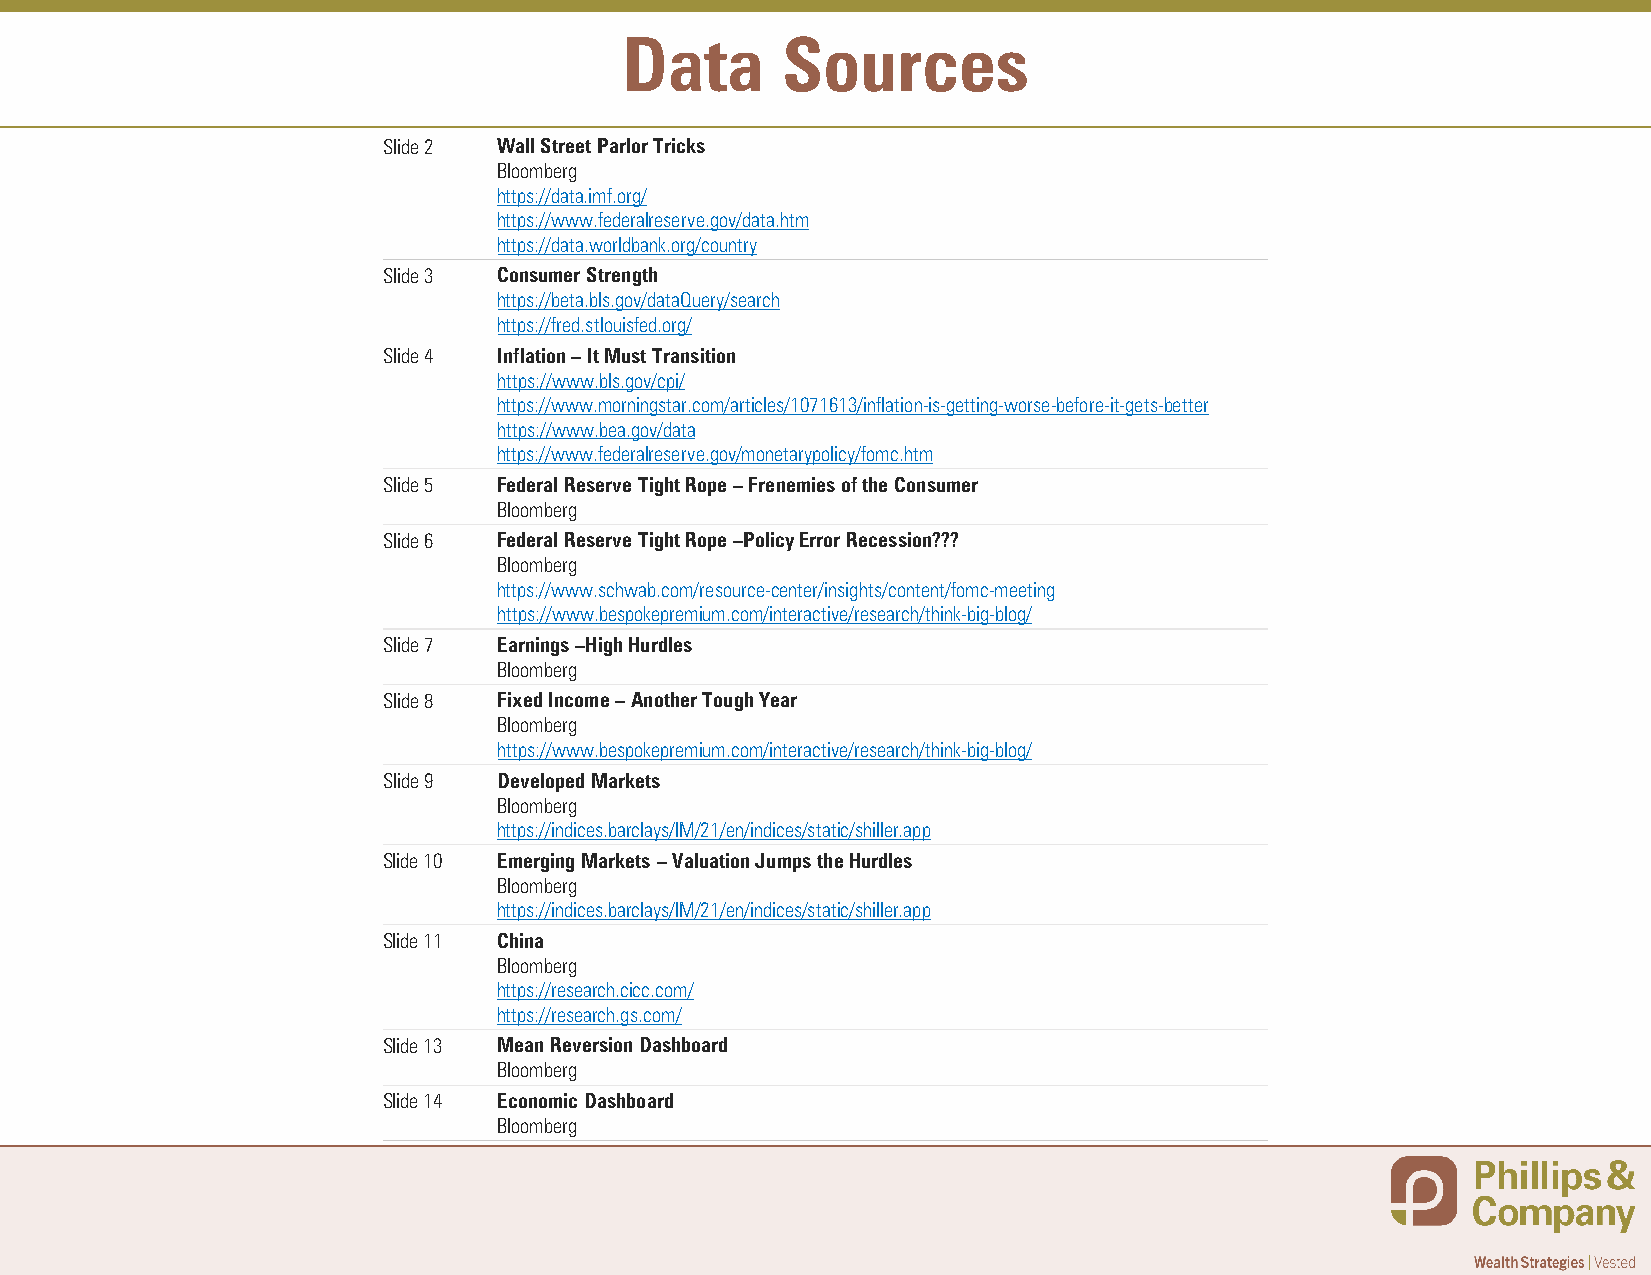
Data       Sources
 Slide 2 Wall Street Parlor Tricks
 Bloomberg
 https://data.imf.org/
 https://www.federalreserve.gov/data.htm
 https://data.worldbank.org/country
 Slide 3 Consumer Strength
 https://beta.bls.gov/dataQuery/search
 https://fred.stlouisfed.org/
 Slide 4 Inflation –It Must Transition
 https://www.bls.gov/cpi/
 https://www.morningstar.com/articles/1071613/inflation-is-getting-worse-before-it-gets-better
 https://www.bea.gov/data
 https://www.federalreserve.gov/monetarypolicy/fomc.htm
 Slide 5 Federal Reserve Tight Rope –Frenemies of the Consumer
 Bloomberg
 Slide 6 Federal Reserve Tight Rope –Policy Error Recession???
 Bloomberg
 https://www.schwab.com/resource-center/insights/content/fomc-meeting
 https://www.bespokepremium.com/interactive/research/think-big-blog/
 Slide 7 Earnings –High Hurdles
 Bloomberg
 Slide 8 Fixed Income –Another Tough Year
 Bloomberg
 https://www.bespokepremium.com/interactive/research/think-big-blog/
 Slide 9 Developed Markets
 Bloomberg
 https://indices.barclays/IM/21/en/indices/static/shiller.app
 Slide 10 Emerging Markets –Valuation Jumps the Hurdles
 Bloomberg
 https://indices.barclays/IM/21/en/indices/static/shiller.app
 Slide 11 China
 Bloomberg
 https://research.cicc.com/
 https://research.gs.com/
 Slide 13 Mean Reversion Dashboard
 Bloomberg
 Slide 14 Economic Dashboard
 Bloomberg